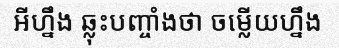
អីហ្នឹង ឆ្លុះបញ្ចាំងថា ចម្លើយហ្នឹង